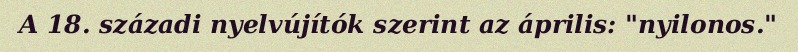
A 18. századi nyelvújítók szerint az április: "nyilonos."